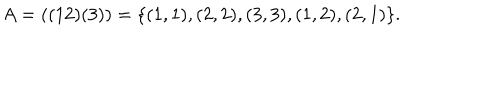
A = ( ( 1 2 ) ( 3 ) ) = \{ ( 1 , 1 ) , ( 2 , 2 ) , ( 3 , 3 ) , ( 1 , 2 ) , ( 2 , 1 ) \} { } .